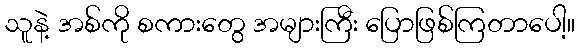
သူနဲ့ အစ်ကို စကားတွေ အများကြီး ပြောဖြစ်ကြတာပေါ့။